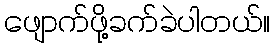
ဖျောက်ဖို့ခက်ခဲပါတယ်။